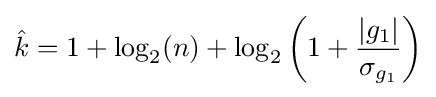
{\hat {k}}=1+\log _{2}(n)+\log _{2}\left(1+{\frac {|g_{1}|}{\sigma _{g_{1}}}}\right)